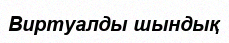
Виртуалды шындық